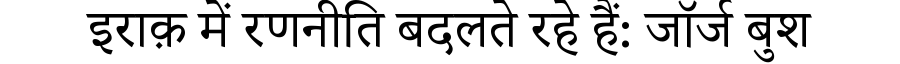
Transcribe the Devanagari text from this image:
इराक़ में रणनीति बदलते रहे हैं: जॉर्ज बुश